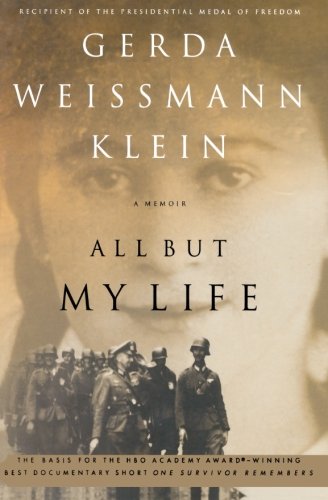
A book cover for All But My Life: A Memoir; Gerda Weissmann Klein; Biographies & Memoirs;